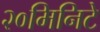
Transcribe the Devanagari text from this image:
२०मिनिटे